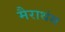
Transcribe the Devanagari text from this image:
मैराथंस